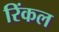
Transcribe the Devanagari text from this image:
रिंकल